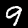
Label: 9